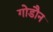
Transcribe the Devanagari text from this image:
गोडौन